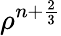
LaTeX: {\rho}^{n+\frac{2}{3}}